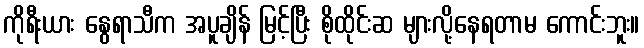
ကိုရီးယား နွေရာသီက အပူချိန် မြင့်ပြီး စိုထိုင်းဆ များလို့နေရတာမ ကောင်းဘူး။